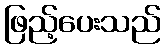
ဖြည့်ပေးသည်